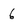
Character: 6